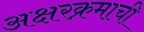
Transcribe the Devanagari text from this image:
अक्षरक्रमाची